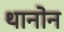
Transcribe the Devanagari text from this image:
थानोन